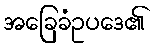
အခြေခံဥပဒေ၏